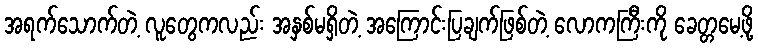
အရက်သောက်တဲ့ လူတွေကလည်း အနှစ်မရှိတဲ့ အကြောင်းပြချက်ဖြစ်တဲ့ လောကကြီးကို ခေတ္တမေ့ဖို့